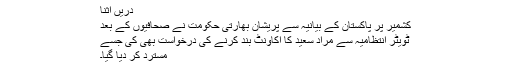
دریں اثنا
کشمیر پر پاکستان کے بیانیہ سے پریشان بھارتی حکومت نے صحافیوں کے بعد
ٹویٹر انتظامیہ سے مراد سعید کا اکاؤنٹ بند کرنے کی درخواست بھی کی جسے
مسترد کر دیا گیا۔